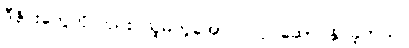
ဒီဇိုင်းတွေကိုလည်း သူမတူအောင် လုပ်ဆောင်နိုင်ခဲ့တယ်။